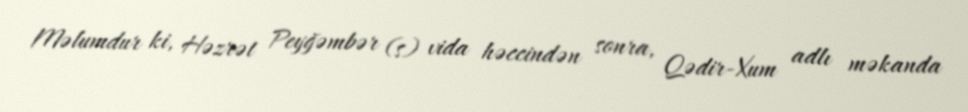
Məlumdur ki, Həzrət Peyğəmbər (s) vida həccindən sonra, Qədir-Xum adlı məkanda